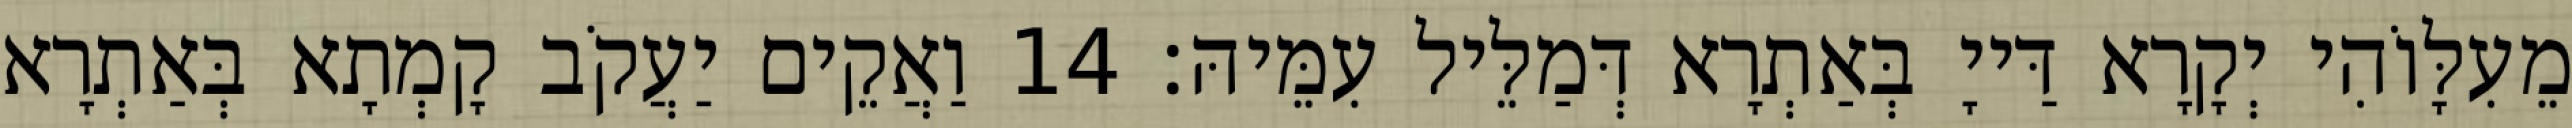
מֵעִלָּוֹהִי יְקָרָא דַּייָ בְּאַתְרָא דְּמַלֵּיל עִמֵּיהּ׃ 14 וַאֲקֵים יַעֲקֹב קָמְתָא בְּאַתְרָא